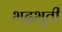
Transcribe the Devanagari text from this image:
भद्रभूती